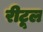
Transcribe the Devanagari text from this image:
रीटूल